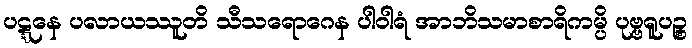
ပဋ္ဋနေ ပလာယဿူတိ သီသရောဂေန ပါဝါရံ အာဘိသမာစာရိကမ္ပိ ပုဗ္ဗရူပဉ္စ